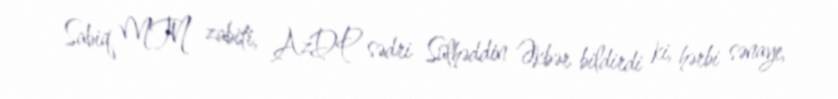
Sabiq MTN zabiti, AzDP sədri Sülhəddin Əkbər bildirdi ki, hərbi sənaye,